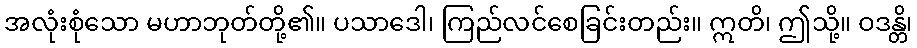
အလုံးစုံသော မဟာဘုတ်တို့၏။ ပသာဒေါ၊ ကြည်လင်စေခြင်းတည်း။ ဣတိ၊ ဤသို့။ ဝဒန္တိ၊